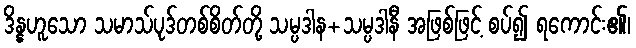
ဒိန္နဟူသော သမာသ်ပုဒ်တစ်စိတ်တို့ သမ္ပဒါန+သမ္ပဒါနီ အဖြစ်ဖြင့် စပ်၍ ရကောင်း၏၊